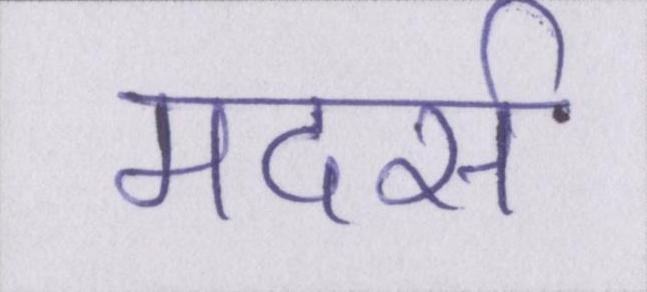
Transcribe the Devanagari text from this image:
मदर्स